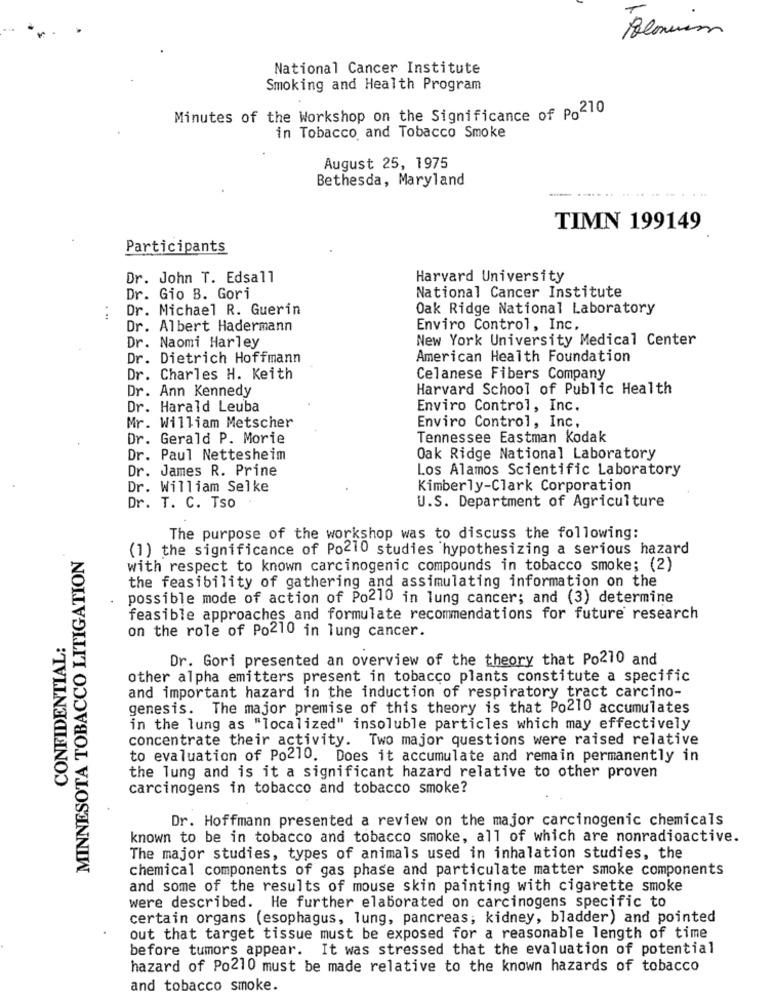
National Cancer Institute
Smoking and Health Program
Minutes of the Workshop on the Significance of Po210
in Tobacco and Tobacco Smoke
August 25, 1975
Bethesda, Maryland
...... ....... ..
TIMN 199149
Participants
Dr. John T. Edsall
Harvard University
National Cancer Institute
Dr. Gio B. Gori
Dr. Michael R. Guerin
Oak Ridge National Laboratory
Dr. Albert Hadermann
Enviro Control, Inc.
New York University Medical Center
Dr. Naomi Harley
Dr. Dietrich Hoffmann
American Health Foundation
Dr. Charles H. Keith
Celanese Fibers Company
Dr. Ann Kennedy
Harvard School of Public Health
Dr. Harald Leuba
Enviro Control, Inc.
Mr. William Metscher
Enviro Control, Inc,
Dr. Gerald P. Morie
Tennessee Eastman Kodak
Dr. Paul Nettesheim
Oak Ridge National Laboratory
Dr. James R. Prine
Los Alamos Scientific Laboratory
Dr. William Selke
Kimberly-Clark Corporation
U.S. Department of Agriculture
Dr. T. C. Tso
The purpose of the workshop was to discuss the following:
MINNESOTA TOBACCO LITIGATION
(1) the significance of Po210 studies hypothesizing a serious hazard
with respect to known carcinogenic compounds in tobacco smoke; (2)
the feasibility of gathering and assimulating information on the
possible mode of action of Po210 in lung cancer; and (3) determine
feasible approaches and formulate recommendations for future research
on the role of Po210 in lung cancer.
CONFIDENTIAL:
Dr. Gori presented an overview of the theory that Po210 and
other alpha emitters present in tobacco plants constitute a specific
and important hazard in the induction of respiratory tract carcino-
genesis. The major premise of this theory is that Po210 accumulates
in the lung as "localized" insoluble particles which may effectively
concentrate their activity. Two major questions were raised relative
to evaluation of Po210. Does it accumulate and remain permanently in
the lung and is it a significant hazard relative to other proven
carcinogens in tobacco and tobacco smoke?
Dr. Hoffmann presented a review on the major carcinogenic chemicals
known to be in tobacco and tobacco smoke, all of which are nonradioactive.
The major studies, types of animals used in inhalation studies, the
chemical components of gas phase and particulate matter smoke components
and some of the results of mouse skin painting with cigarette smoke
were described. He further elaborated on carcinogens specific to
certain organs (esophagus, lung, pancreas; kidney, bladder) and pointed
out that target tissue must be exposed for a reasonable length of time
before tumors appear. It was stressed that the evaluation of potential
hazard of Po210 must be made relative to the known hazards of tobacco
and tobacco smoke.